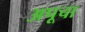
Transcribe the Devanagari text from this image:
अपूचा